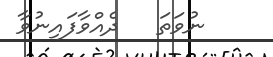
ނުވަތަ   ދެއްވާފައިނުވާ